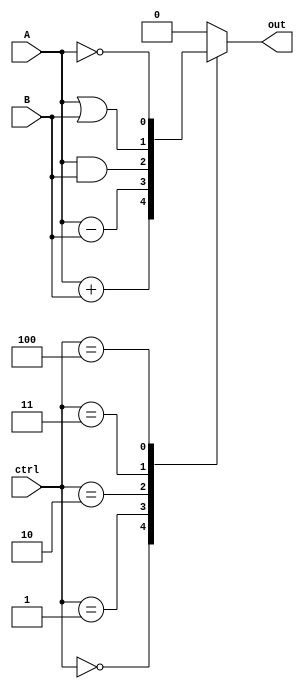
module ALU(input A, input B, input [2:0] ctrl, output reg out);

always @(*)
begin
    case(ctrl)
        3'b000: out = A + B; // Addition
        3'b001: out = A - B; // Subtraction
        3'b010: out = A & B; // AND
        3'b011: out = A | B; // OR
        3'b100: out = ~A; // NOT
        default: out = 1'b0; // Default to 0
    endcase
end

endmodule